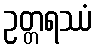
ဥတ္တရဿံ